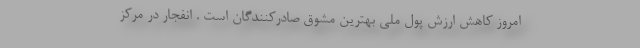
امروز کاهش ارزش پول ملی بهترین مُشوق صادرکنندگان است . انفجار در مرکز